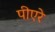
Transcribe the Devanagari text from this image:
पीएरे